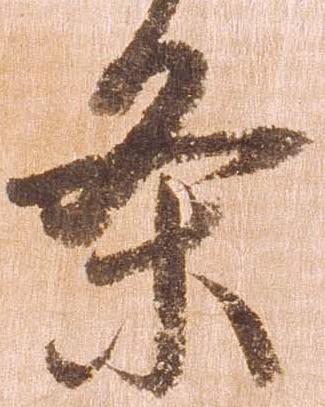
条